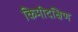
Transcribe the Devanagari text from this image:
किमीदक्षिण